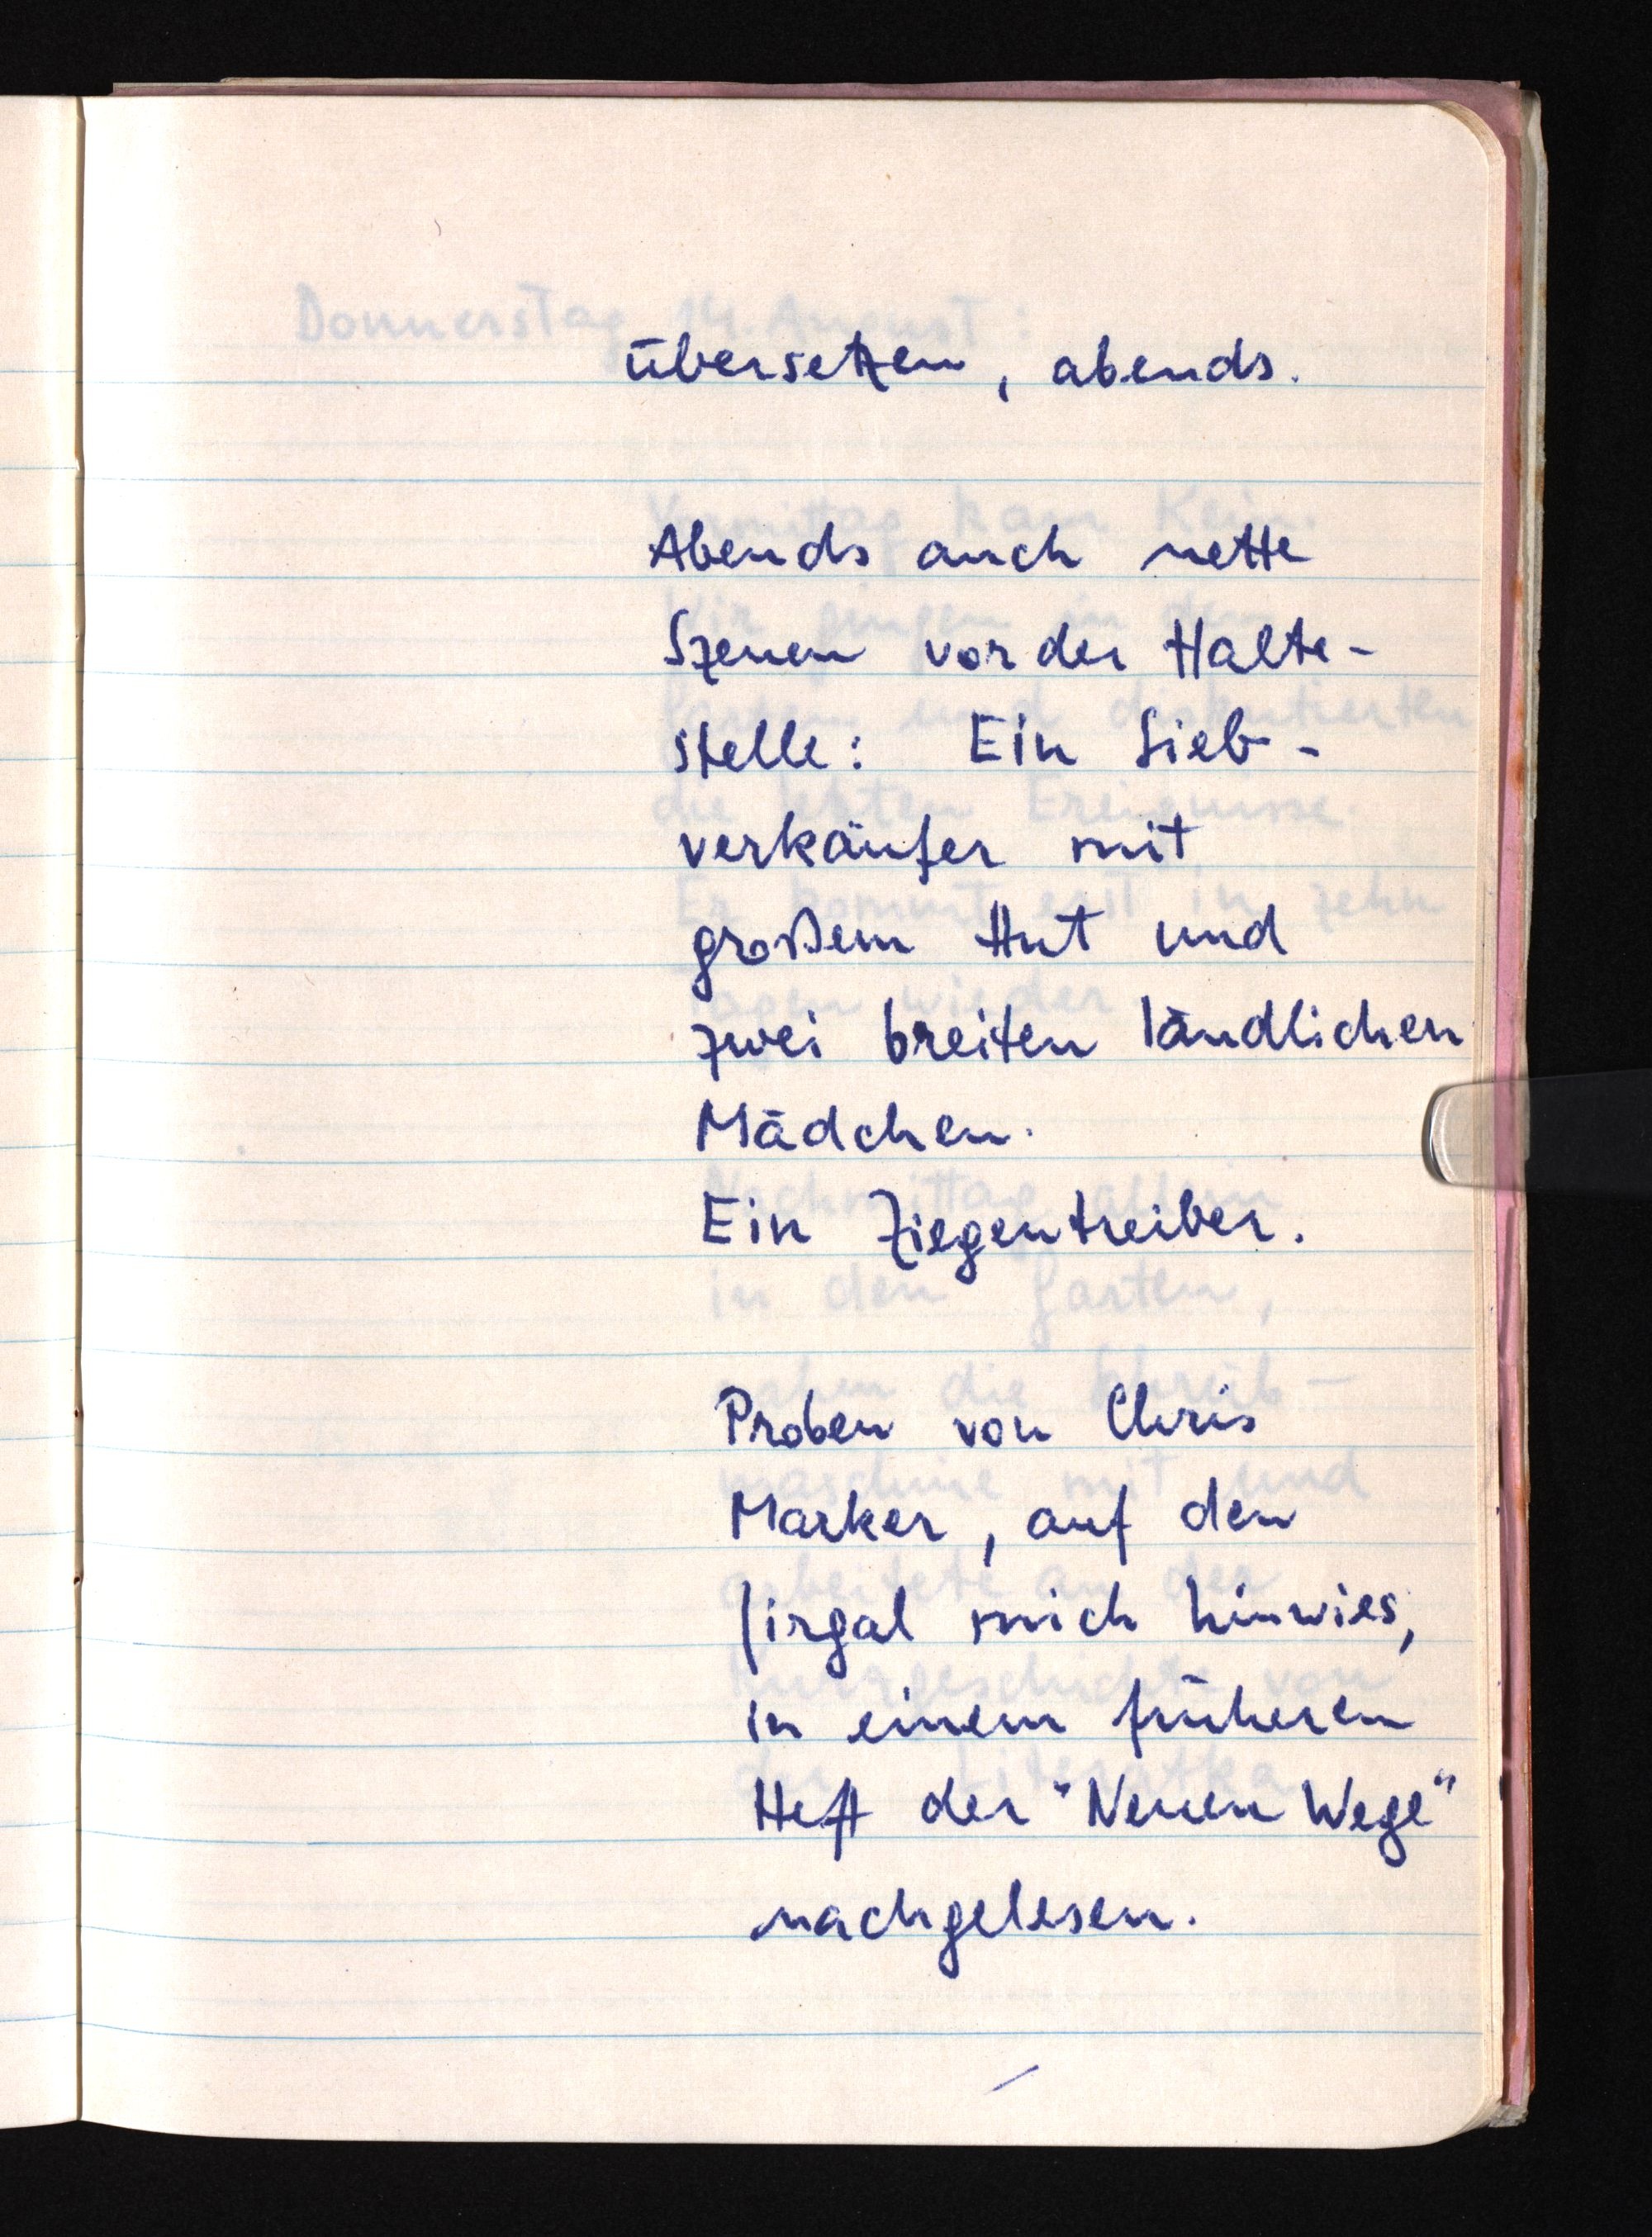
übersetzen, abends.
Abends auch nette
Szenen vor der Halte¬
stelle: Ein Sieb¬
verkäufer mit
großem Hut und
zwei breiten ländlichen
Mädchen.
Ein Ziegentreiber.
Proben von Chris
Marker, auf den
Jirgal mich hinwies,
in einem früheren
Heft der "Neuen Wege"
nachgelesen.